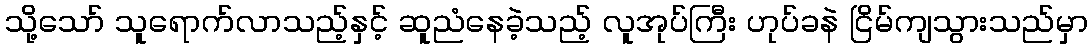
သို့သော် သူရောက်လာသည့်နှင့် ဆူညံနေခဲ့သည့် လူအုပ်ကြီး ဟုပ်ခနဲ ငြိမ်ကျသွားသည်မှာ